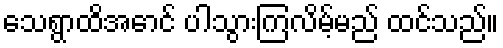
သေရွာထိအောင် ပါသွားကြလိမ့်မည် ထင်သည်။